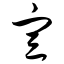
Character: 宣